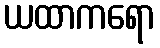
ယထာကရော